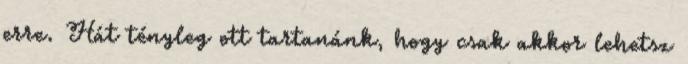
erre. Hát tényleg ott tartanánk, hogy csak akkor lehetsz